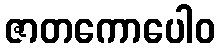
ဇာတကောပေါဝ